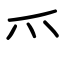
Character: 爫